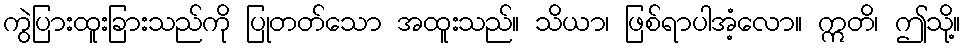
ကွဲပြားထူးခြားသည်ကို ပြုတတ်သော အထူးသည်။ သိယာ၊ ဖြစ်ရာပါအံ့လော။ ဣတိ၊ ဤသို့။